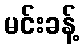
မင်းခန့်